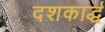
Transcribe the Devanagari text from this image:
दशकार्द्ध